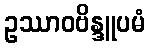
ဥဿာဝဗိန္ဒူပမံ